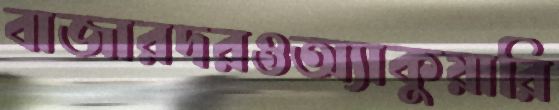
বাজারদরওঅ্যাকুয়ারি